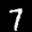
Label: 7